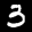
Label: 3